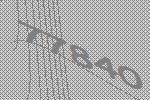
77840